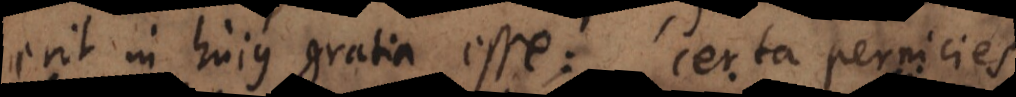
erit in hujus gratia esse: certa pernicies